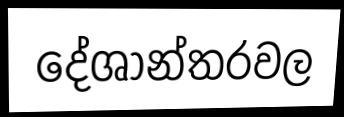
දේශාන්තරවල